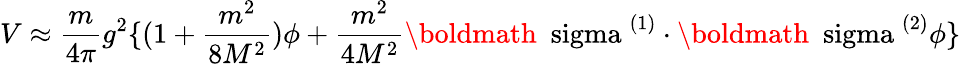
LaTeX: V\approx\frac{m}{4\pi}g^{2}\{ (1+\frac{m^{2}}{8M^{2}})\phi+\frac{m^{2}}{4M^{2}}\mathrm{\boldmath~\ sigma~}^{(1)}\cdot\mathrm{\boldmath~\ sigma~}^{(2)}\phi\}